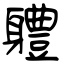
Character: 軆